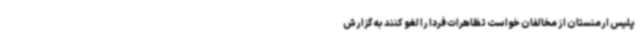
پلیس ارمنستان از مخالفان خواست تظاهرات فردا را لغو کنند به گزارش